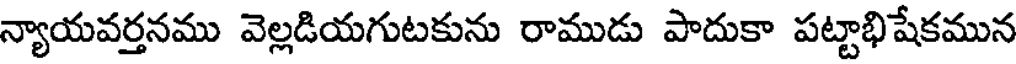
న్యాయవర్తనము వెల్లడియగుటకును రాముడు పాదుకా పట్టాభిషేకమున